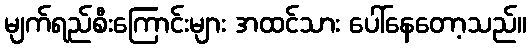
မျက်ရည်စီးကြောင်းများ အထင်သား ပေါ်နေတော့သည်။